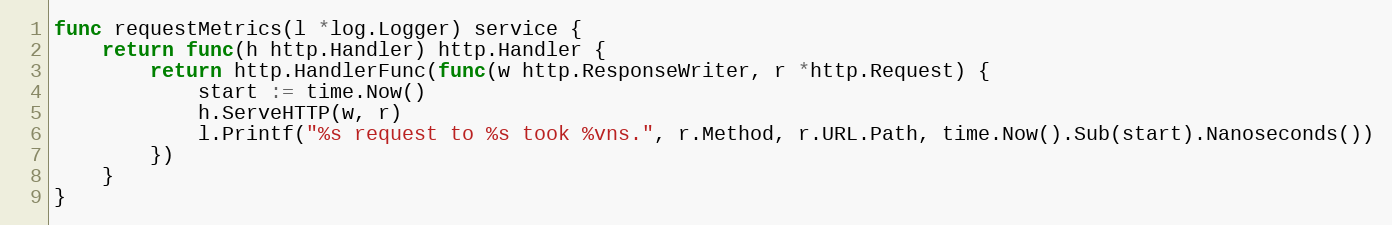
Language: Go
func requestMetrics(l *log.Logger) service {
	return func(h http.Handler) http.Handler {
		return http.HandlerFunc(func(w http.ResponseWriter, r *http.Request) {
			start := time.Now()
			h.ServeHTTP(w, r)
			l.Printf("%s request to %s took %vns.", r.Method, r.URL.Path, time.Now().Sub(start).Nanoseconds())
		})
	}
}